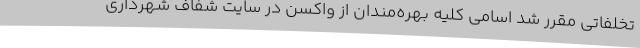
تخلفاتی مقرر شد اسامی کلیه بهره‌مندان از واکسن در سایت شفاف شهرداری